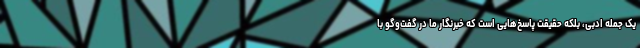
یک جمله ادبی، بلکه حقیقت پاسخ‌هایی است که خبرنگار ما در گفت‌وگو با